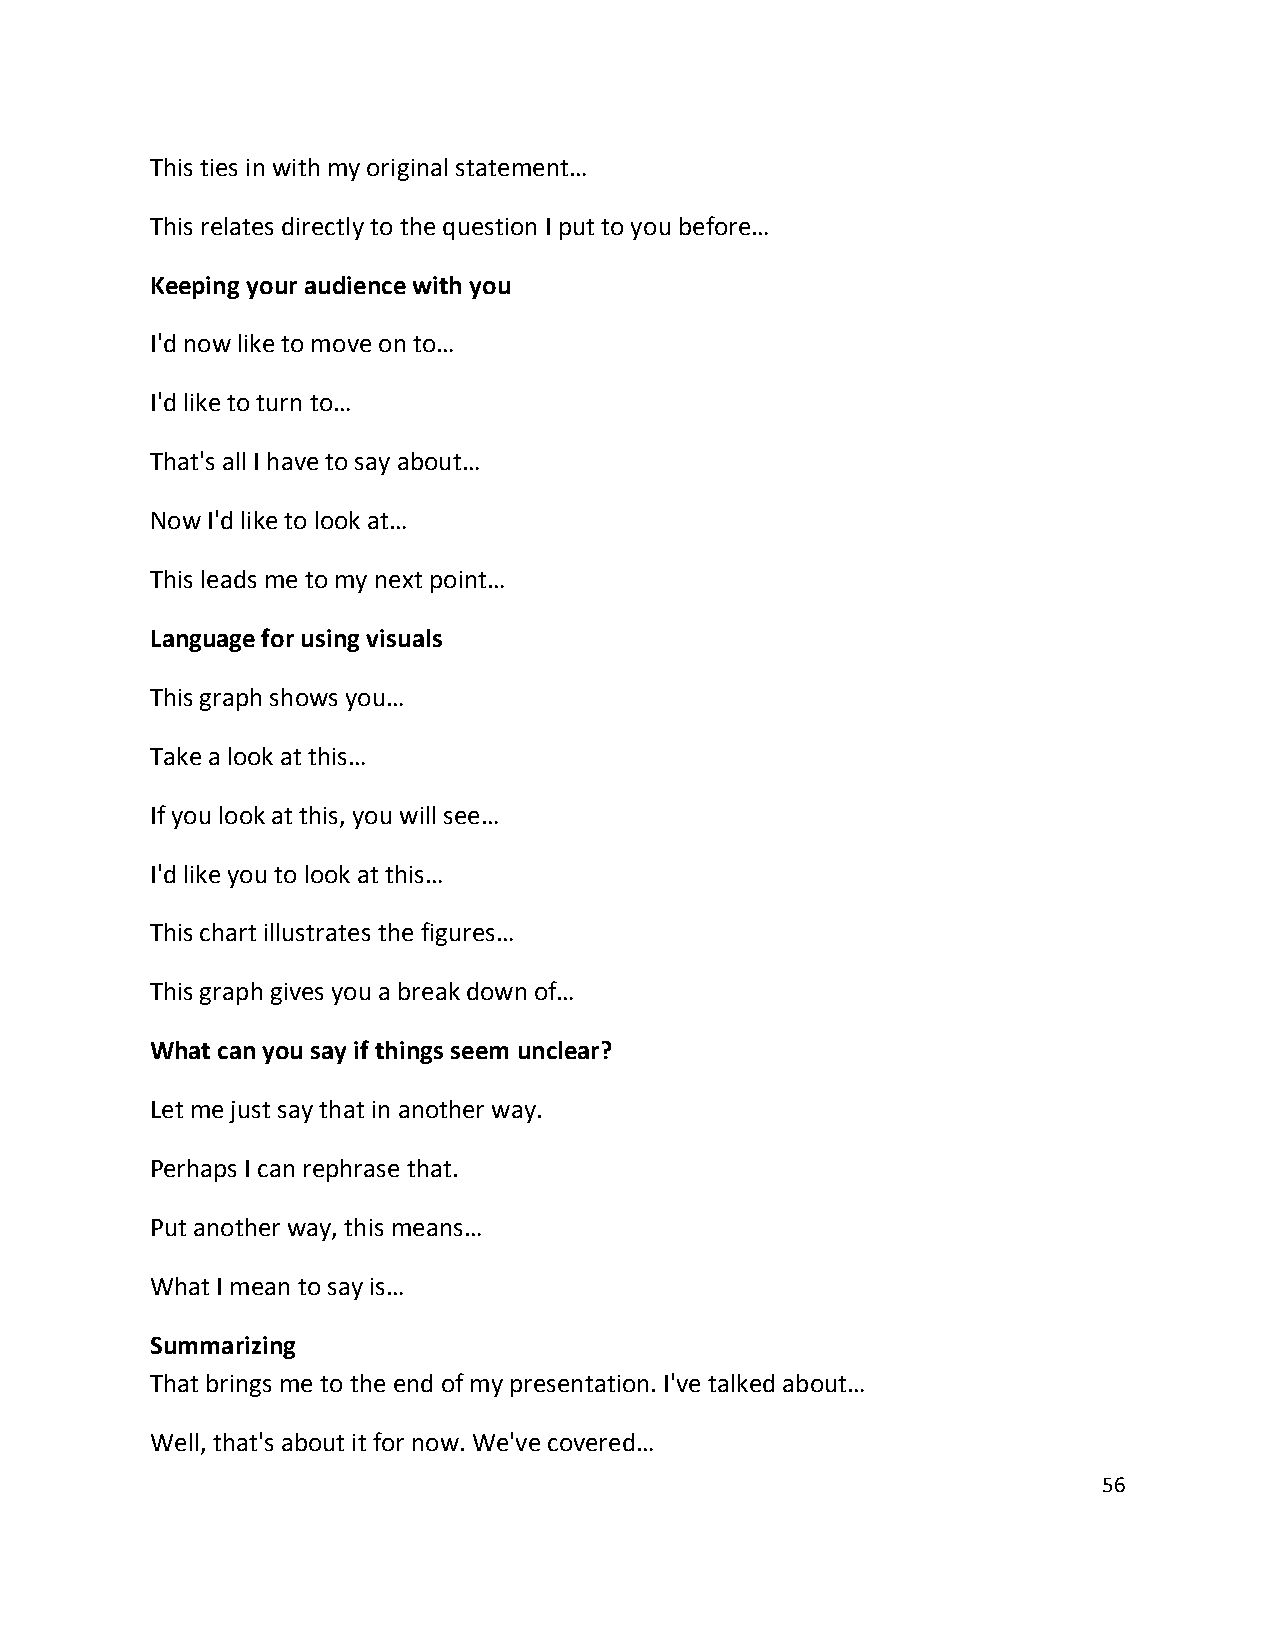
This ties in with my original statement…
 This relates directly to the question I put to you before…
 Keeping your audience with you
 I'd now like to move on to…
 I'd like to turn to…
 That's all I have to say about…
 Now I'd like to look at…
 This leads me to my next point…
 Language for using visuals
 This graph shows you…
 Take a look at this…
 If you look at this, you will see…
 I'd like you to look at this…
 This chart illustrates the figures…
 This graph gives you a break down of…
 What can you say if things seem unclear?
 Let me just say that in another way.
 Perhaps I can rephrase that.
 Put another way, this means…
 What I mean to say is…
 Summarizing
 That brings me to the end of my presentation. I've talked about…
 Well, that's about it for now. We've covered…
 56